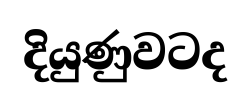
දියුණුවටද